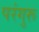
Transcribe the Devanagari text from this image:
परंगुरू